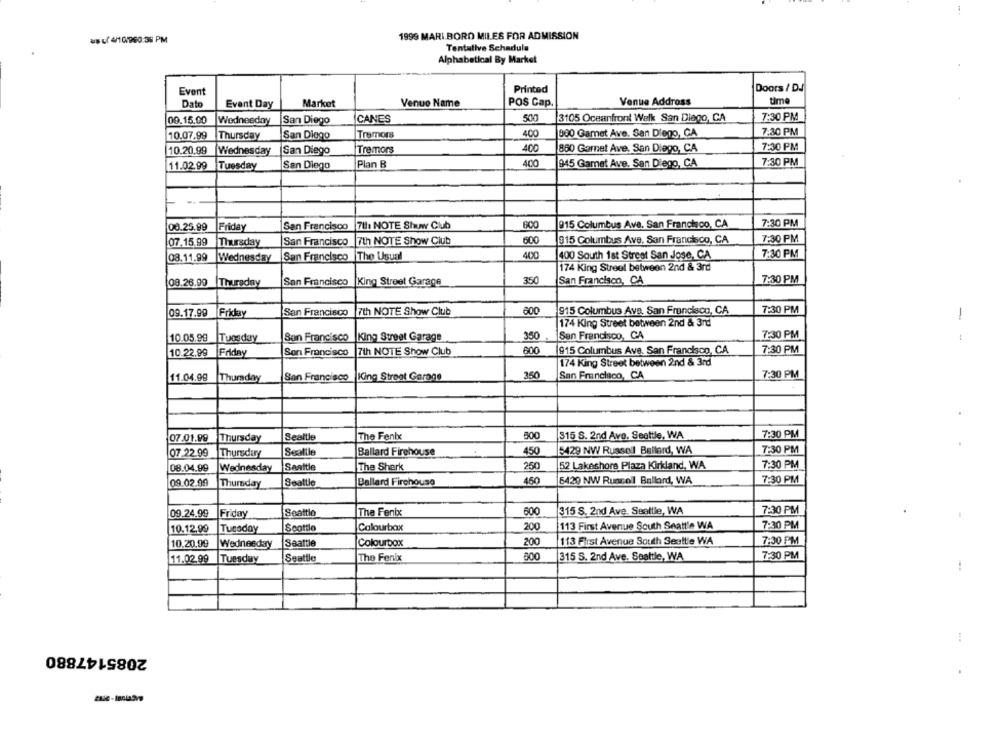
1
1999 MARI BORD MILES FOR ADMISSION
= c/ 4/10/960:36 PM
Tentative Schadula
Alphabetical By Market
Printed
Doors / DJ
Event
Dato
Event Day
Market
Venuo Name
POS Cap.
Venue Addross
time
00.15.00
CANES
500
3105 Oceanfront Welk San Diego, CA
7:30 PM
Wednesday
San Diego
Tremors
400
980 Gamet Ave. San Diego, CA
7:30 PM
10.07.99
Thursday
San Diego
Tremors
400
850 Garnet Ave, San Diego, CA
7:30 PM
10.20,99
Wednesday
San Diego
Plan B
400
045 Gamet Ave. San Diego, CA
7:30 PM
11.02.99
Tuesday
San Diego
7:30 PM
08.25.99
Friday
San Francisco
711: NOTE Shuw Club
600
915 Columbus Ave. San Francisco, CA
07.15.99
Thursday
San Francisco
7th NOTE Show Club
600
915 Columbus Ave. San Francisco, CA
7:30 PM
03.11.99
Wednesday
San Francisco
The Usual
400
400 South 1st Street San Jose, CA
7:30 PM
174 King Street between 2nd & 3rd
08.26.09
Thursday
San Francisco
King Street Garage
350
San Francisco, CA
7:30 PM
Friday
San Francisco
7th NOTE Show Club
600
915 Columbus Ava, San Francisco, CA
7:30 PM
09.17.99
1
174 King Street between 2nd & 3rd
7:30 PM
10.05.99
Tuesday
San Francisco |King Street Garage
350
San Francisco, CA
:
600
10.22.99
Friday
Son Francisco
7th NOTE Show Club
915 Columbus Ave. San Francisco, CA
7:30 PM
174 King Street between 2nd & 3rd
11.04.99
Thursday
San Francisco King Street Garage
350
San Francisco, CA
7:30 PM
07.01.99
Thursday
Sealtle
The Fenix
800
$15 S. 2nd Avo. Seattle, WA
7:30 PM
07.22.99
Thursday
Seattle
Ballard Firehouse
450
5429 NW Russell Ballard, WA
7:30 PM
08.04.99
Wednesday
Seattle
The Sherk
250
52 Lakeshore Plaza Kirkland, WA
7:30 PM
09.02.99
Thursday
Seattle
Ballard Firehouse
450
5429 NW Ruacol Ballard, WA
7:30 PM
09.24.99
Friday
Seattle
The Fenix
600
315 S. 2nd Ave. Seattle, WA
7:30 PM
Scottlo
Colourbox
200
113 First Avenue South Seattle WA
7:30 PM
10.12.99
Tuesday
Colourbox
200
113 First Avenue South Sealtie WA
7:30 PM
10.20,99
Wednesday
Seattle
The Fenix
800
315 S. 2nd Ave. Seattle, WA
7:30 PM
11.02.99
Tuesday
Seattle
2085147880